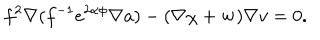
f ^ { 2 } \nabla ( f ^ { - 1 } e ^ { 2 \alpha \phi } \nabla a ) - ( \nabla \chi + { \bf w } ) \nabla v = 0 .